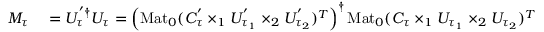
\begin{array} { r l } { M _ { \tau } } & { { } = U _ { \tau } ^ { ' \dagger } U _ { \tau } = \left( \mathrm { M a t } _ { 0 } ( C _ { \tau } ^ { ' } \times _ { 1 } U _ { \tau _ { 1 } } ^ { ' } \times _ { 2 } U _ { \tau _ { 2 } } ^ { ' } ) ^ { T } \right) ^ { \dagger } \mathrm { M a t } _ { 0 } ( C _ { \tau } \times _ { 1 } U _ { \tau _ { 1 } } \times _ { 2 } U _ { \tau _ { 2 } } ) ^ { T } } \end{array}